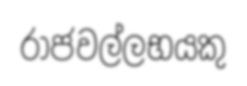
රාජවල්ලභයකු